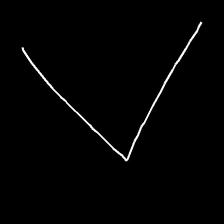
Glyph: region